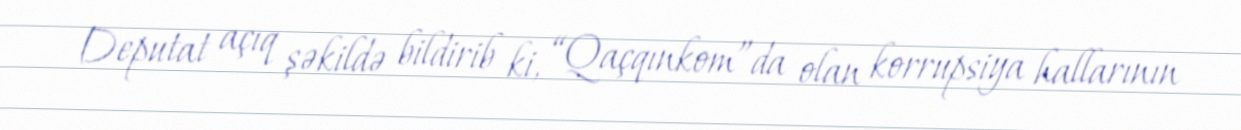
Deputat açıq şəkildə bildirib ki, “Qaçqınkom”da olan korrupsiya hallarının